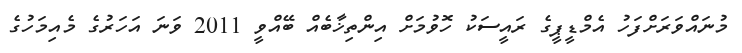
މުނައްވަރަށްފަހު އެމްޑީޕީގެ ރައީސަކު ހޮވުމަށް އިންތިޚާބެއް ބޭއްވީ 2011 ވަނަ އަހަރުގެ މެއިމަހުގެ